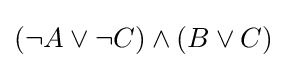
(\lnot A\lor \lnot C)\land (B\lor C)